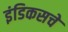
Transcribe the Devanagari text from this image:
इंडिकसचे